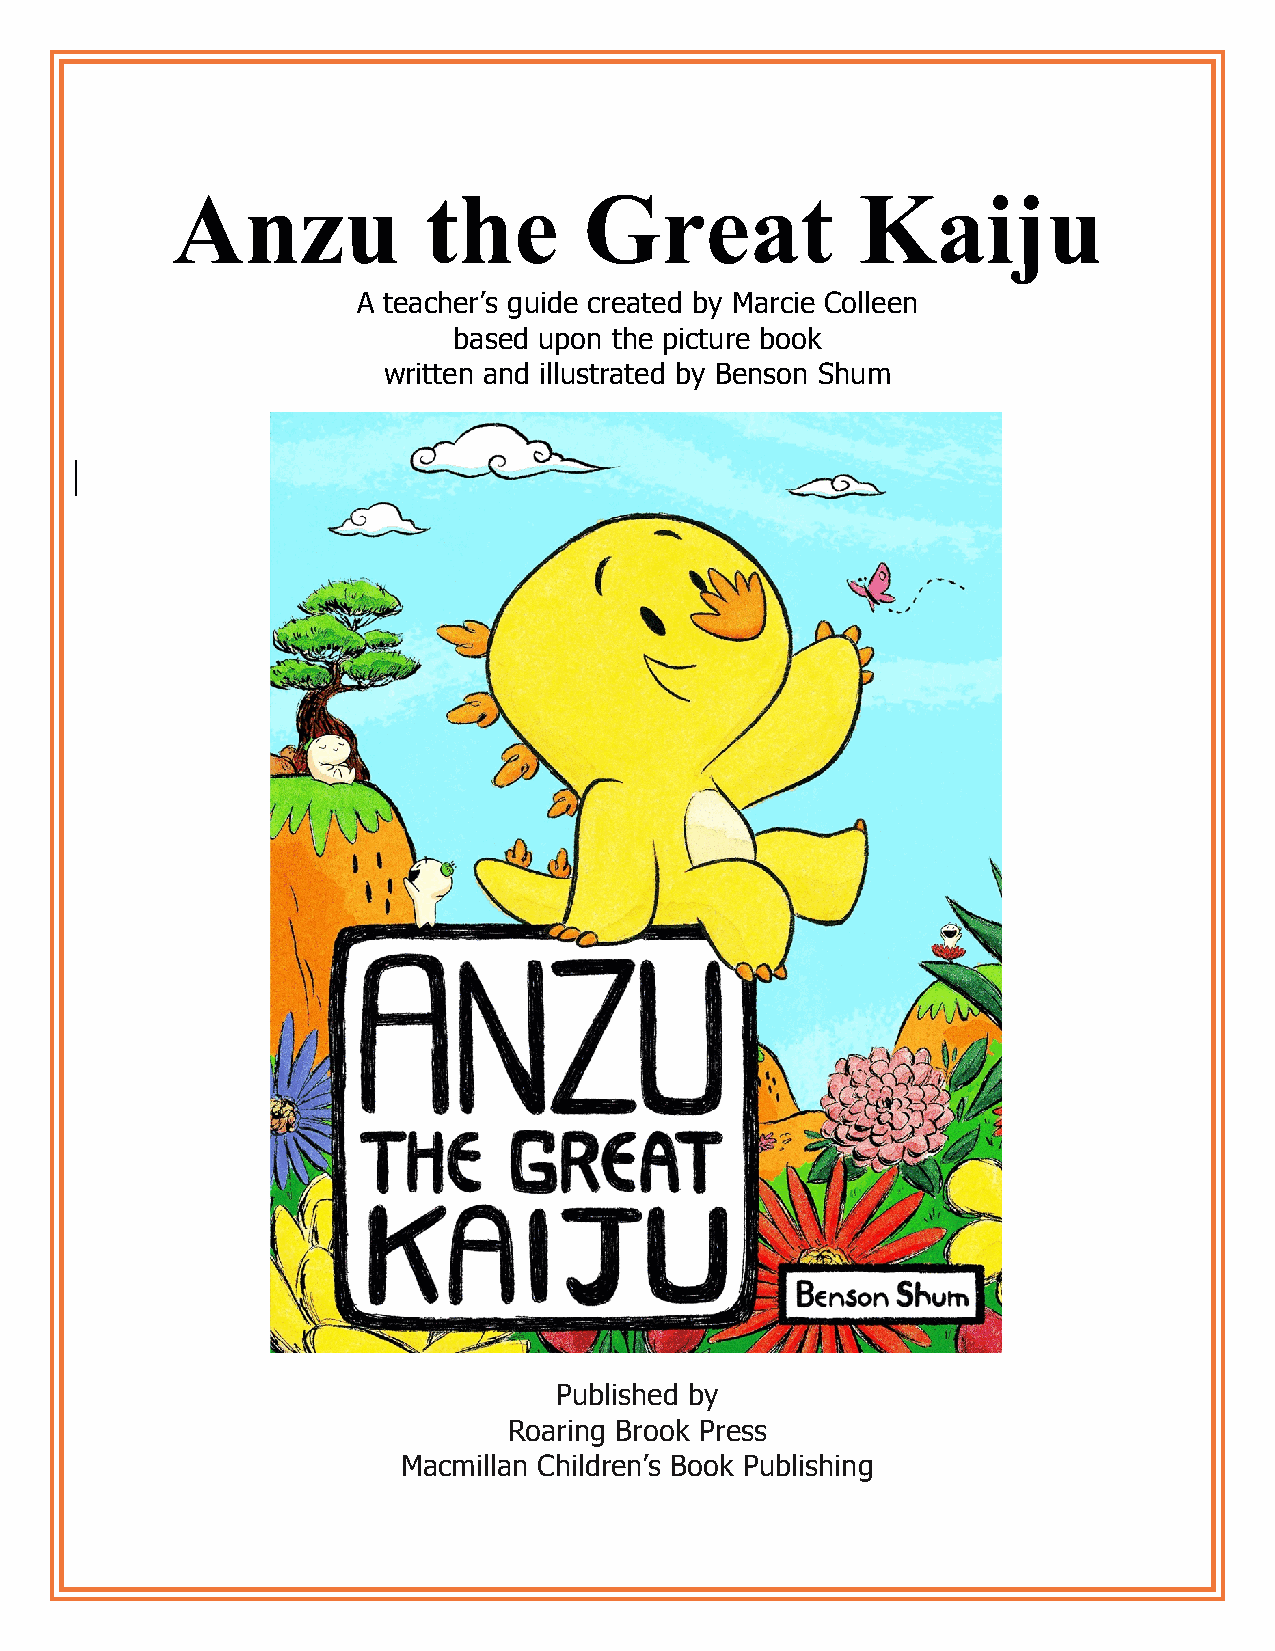
Anzu             the        Great             Kaiju
 A teacher’s guide created by Marcie Colleen
 based upon the picture book
 written and illustrated by Benson Shum
 Published by
 Roaring Brook Press
 Macmillan Children’s Book Publishing